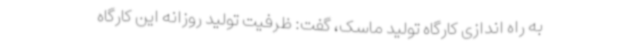
به راه اندازی کارگاه تولید ماسک، گفت: ظرفیت تولید روزانه این کارگاه